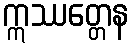
ဣဿတ္တေန